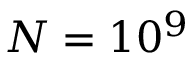
N = 1 0 ^ { 9 }